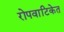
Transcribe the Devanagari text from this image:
रोपवाटिकेत